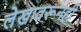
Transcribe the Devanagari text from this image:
लेखावरूनही